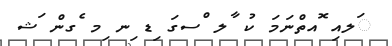
ަލއި ޮއތްނަމަ ކު ާލ ްސގަ ިޑ ިނ ިމ ެގން ަޝ